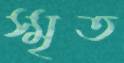
স্মৃত